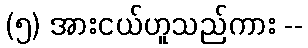
(၅) အားငယ်ဟူသည်ကား --